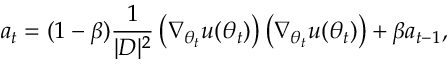
\boldsymbol { a } _ { t } = ( 1 - \beta ) \frac { 1 } { | D | ^ { 2 } } \left( \nabla _ { \boldsymbol { \theta } _ { t } } u ( \boldsymbol { \theta } _ { t } ) \right) \left( \nabla _ { \boldsymbol { \theta } _ { t } } u ( \boldsymbol { \theta } _ { t } ) \right) + \beta \boldsymbol { a } _ { t - 1 } ,